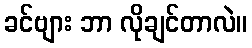
ခင်ဗျား ဘာ လိုချင်တာလဲ။